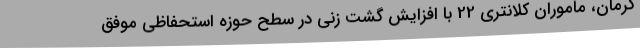
کرمان، ماموران کلانتری 22 با افزایش گشت زنی در سطح حوزه استحفاظی موفق